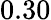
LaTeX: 0.30